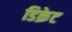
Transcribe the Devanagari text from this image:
डिक्रेट